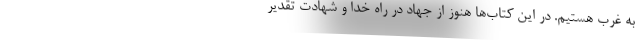
به غرب هستیم. در این کتاب‌ها هنوز از جهاد در راه خدا و شهادت تقدیر